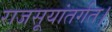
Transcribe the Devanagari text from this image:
राजसूयांतर्गत।